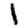
Digit: 1